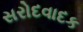
સરોદવાદક